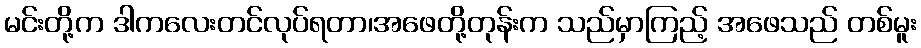
မင်းတို့က ဒါကလေးတင်လုပ်ရတာ၊အဖေတို့တုန်းက သည်မှာကြည့် အဖေသည် တစ်မူး